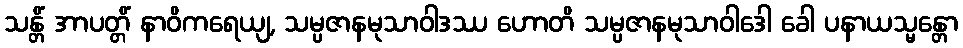
သန္တိံ အာပတ္တိံ နာဝိကရေယျ, သမ္ပဇာနမုသာဝါဒဿ ဟောတိ သမ္ပဇာနမုသာဝါဒေါ ခေါ ပနာယသ္မန္တော